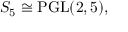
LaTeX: S _ { 5 } \cong \operatorname { P G L } ( 2 , 5 ) ,